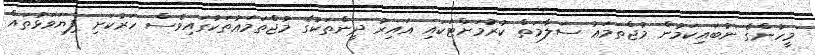
މީހުންގެ ނުބައިކަމުން މުޖްތަމަޢު ސަލާމަތް ކުރުމަށްޓަކައި ޣައިރު ދީންތަކުގެ މުޖްތަމަޢުތަކުގައިވެސް ހަރުކަށި ފިޔަވަޅުތައް